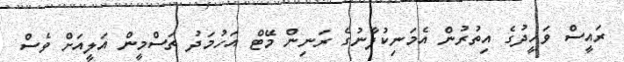
ރައީސް ވަހީދުގެ އިތުރުން އެމަނިކުފާނުގެ ރަނިން މޭޓް އަހުމަދު ތަސްމީން އަލީއަށް ވެސް